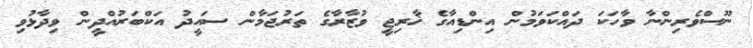
ނޫސްވެރިންނާ ވާހަކަ ދައްކަވަމުން އިންޑިއާގެ ޚާރިޖީ ވުޒާރާގެ ތަރުޖަމާން ސައީދު އަކްބަރުއްދީން ވިދާޅުވި